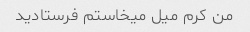
من کرم میل میخاستم فرستادید